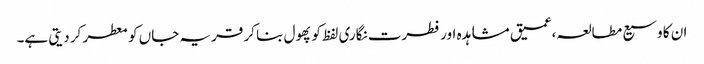
ان کا وسیع مطالعہ،عمیق مشاہدہ اور فطرت نگاری لفظ کو پھول بنا کر قریہ جاں کو معطر کر دیتی ہے۔